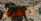
الخرف